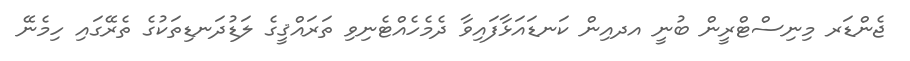
ޖެންޑަރ މިނިސްޓްރީން ބުނީ އދއިން ކަނޑައަޅާފައިވާ ދެމެހެއްޓެނިވި ތަރައްޤީގެ ލަޑުދަނޑިތަކުގެ ތެރޭގައި ހިމެނޭ